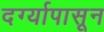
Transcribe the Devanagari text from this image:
दर्ग्यापासून